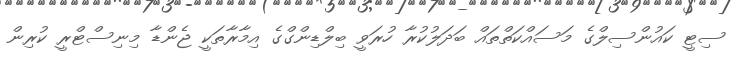
ސިޓީ ކައުންސިލްގެ މަސައްކަތްތައް ބަދަލުކުރާ ހުރަވީ ބިލްޑިންގްގެ އިމާރާތަކީ ޖެންޑާ މިނިސްޓްރީ ކުރިން